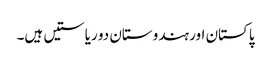
پاکستان اور ہندوستان دو ریاستیں ہیں۔